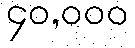
၄၀,၀၀၀